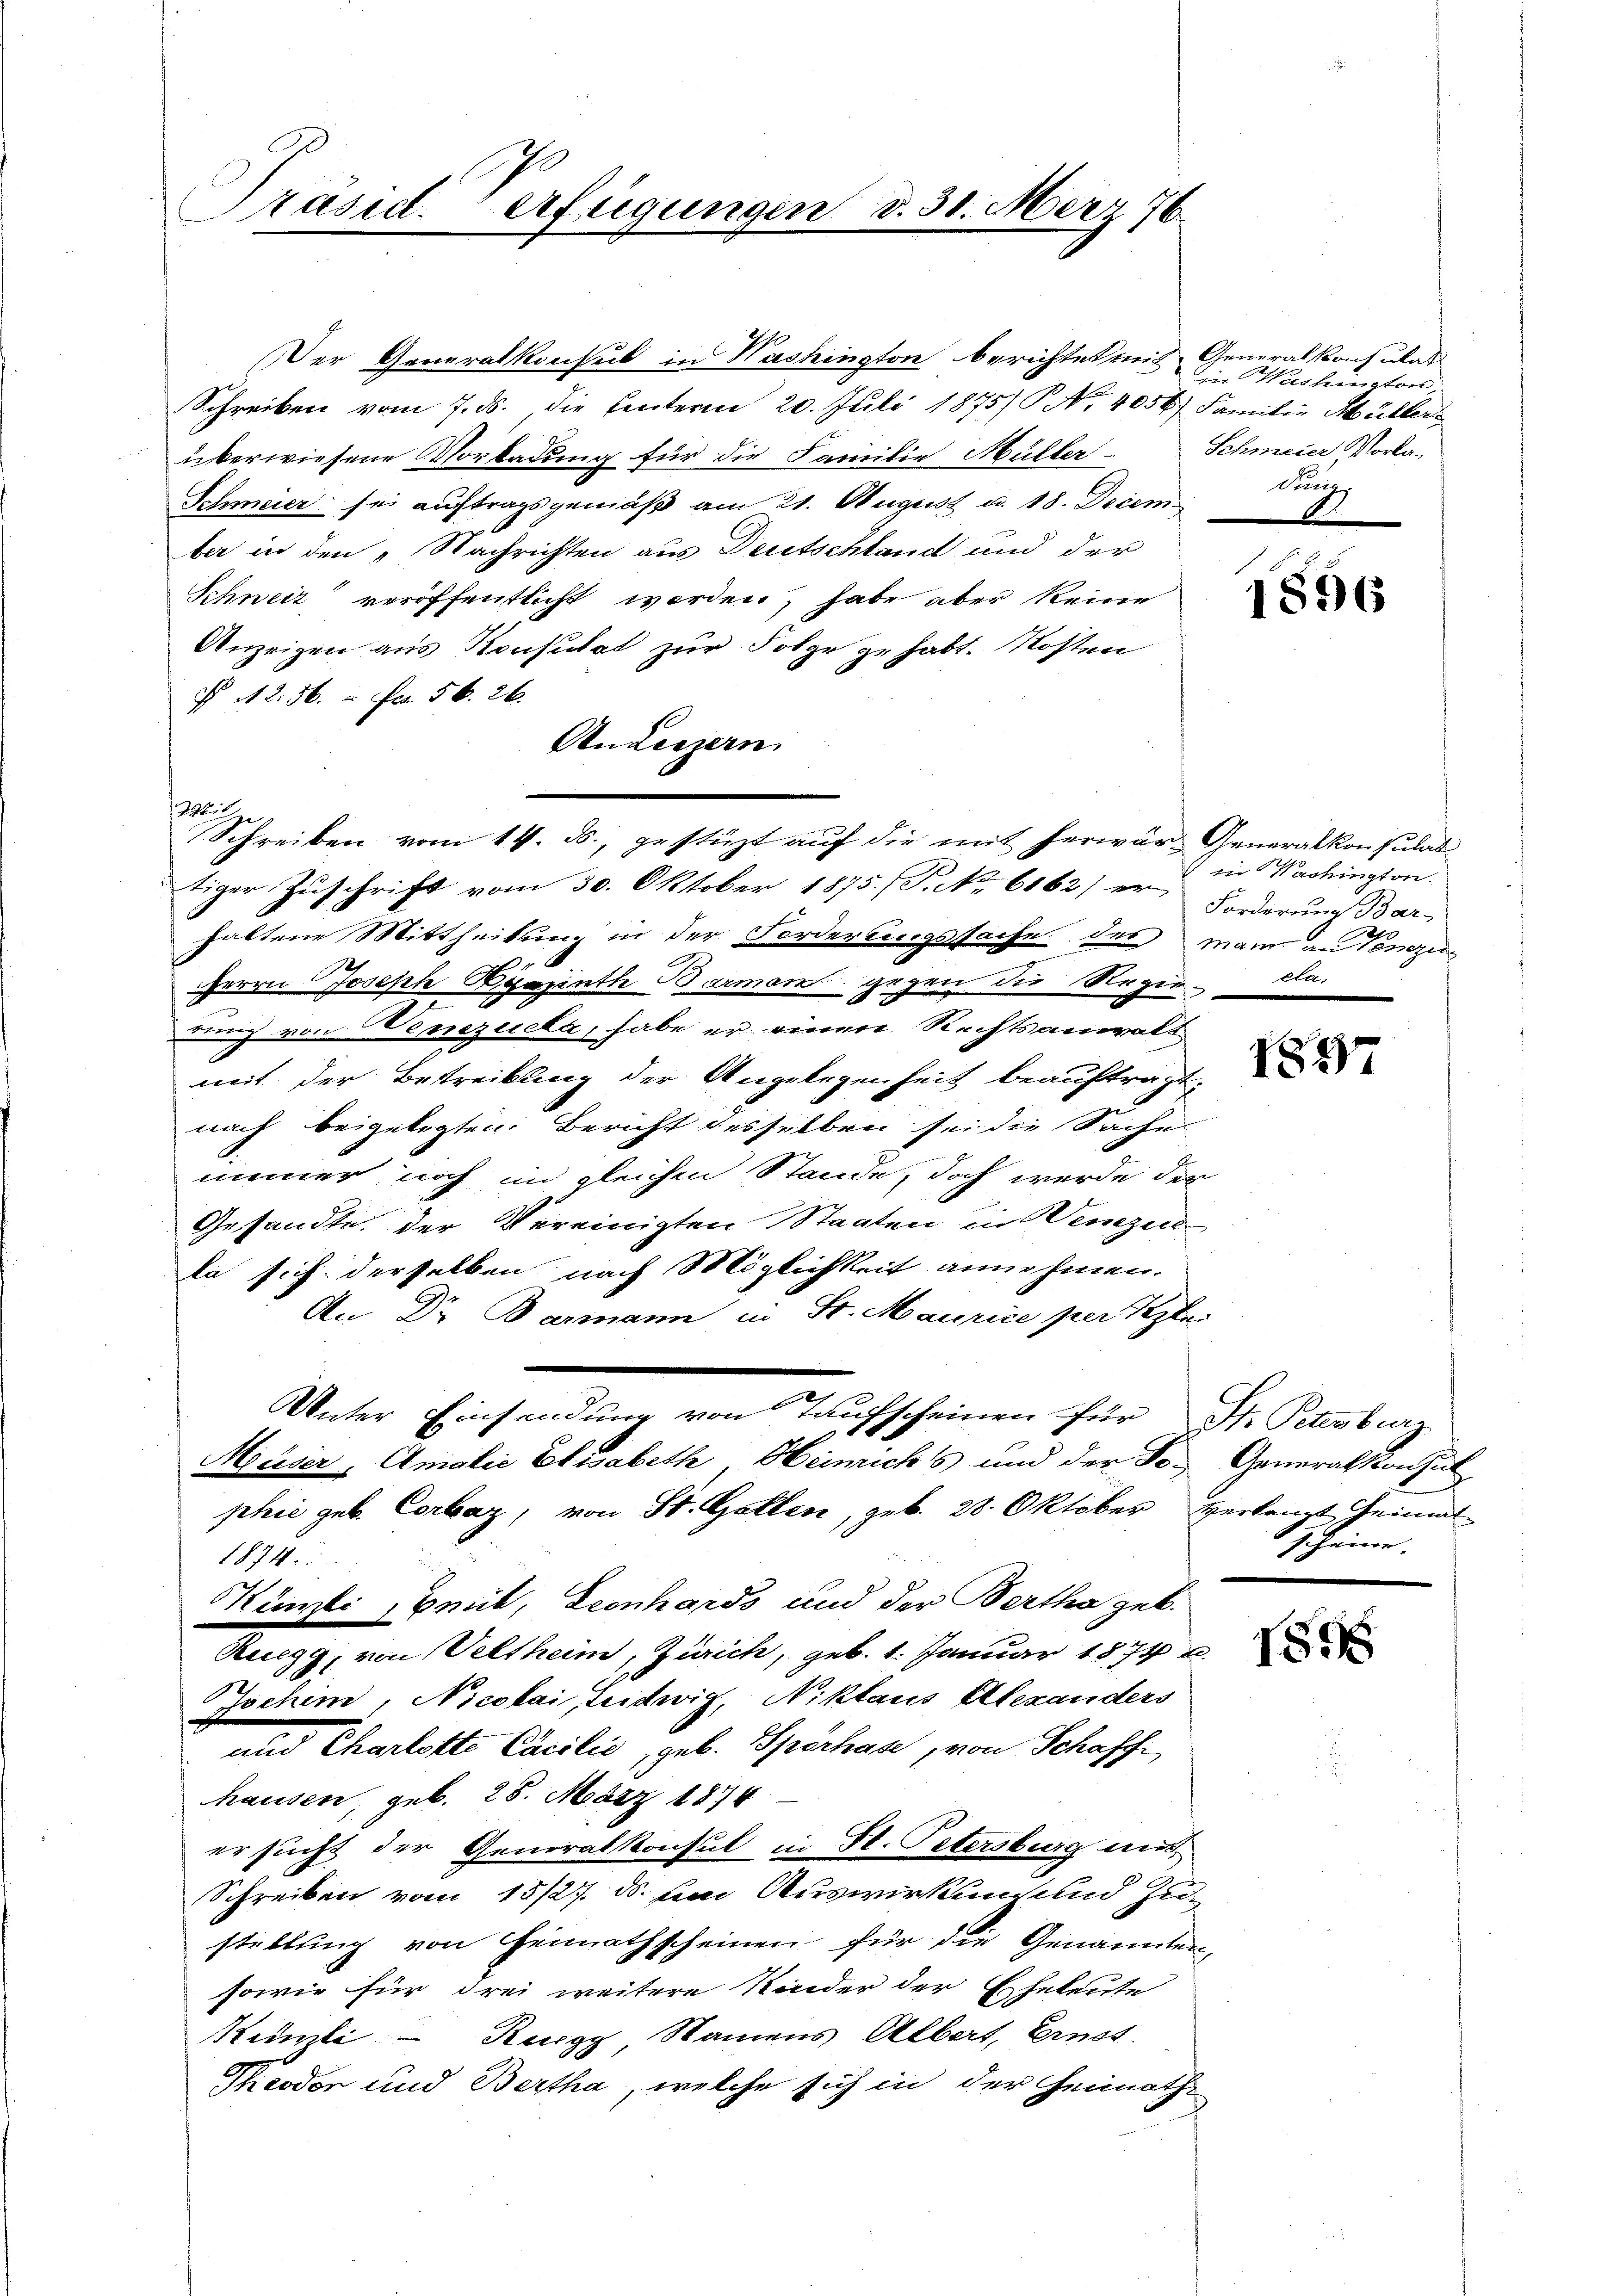
Präsid. erfügungen d. 31. März 76.

Witze

Der Generalkonsul in Washington berichtet mit Generalkonsulat
Schreiben vom 7. ds., die Einterm 20. Juli 1875) No 4056) Familie Müller
überwiesene Vorladung für die Familie Müller
Schmeier sei auftragsgemäß am 21. August u. 18. Decem
ber in den „Nachrichten aus Deutschland und der
Schweiz veröffentlicht werden, habe aber keine
Anzeigen aus Konsulat zur Folge zu habt. Kosten
§ 42. 56.  Fr. 56. 26.
AnLeszern
Schreiben vom 14. ds., gestüzt auf die mit herwär- Generalkonsulat
tiger Zuschrift vom 30. Oktober 1875. P. Nr. 6162) er Forderung Bar-
haltene Mittheilung in der Forderungssache des man an Venezi
Herrn Joseph Bierinth Barmen gegen die Regie- cla
dung von Nemezuela, habe er einer Rechtsanwalt
mit der Bestreikung der Angelegenheit beauftragt.
nach beigelegten Bericht desselben sei die Sache
winen
immer noch im gleichen Stande, doch werde der
Gesandte der Vereinigten Staaten in Verzen
da sich derselben nach Möglichkeit annehmen.
An Dr Barmann in Sr. Maurice per Peter
Unter Einsendung von Taufscheinen für St. Petenburg
Maser, Amalić Elisabeth Heinrichts und der Fr. Generalkonsul
phić geb. Corbaz, von St. Gallen, geb. 28. Oktober verlangt Heimat
1874.
Künzli, Zeit, Leonhards und der Bertha geb.
Ruegg, von Veltheim, Zürich, geb. 1. Januar 1874
Jochim, Nicolai, Leidwig, Niklaus Alexanders
und Charlotte Cacilio, geb. Sperhase, von Schaff
hausen, geb. 28. März 1874
ersucht der Generalkonsul in St. Petersburg mit
Schreiben vom 15/27. ds. um Auswirkung und Zustellung von Heimathscheiner für die Genannten,
sowie für drei weitere Kinder der Eheleute
Künzli - Ruegg, Namens Albert, Ernst
Theodor und Bertha, welche sich in der Heimath-

in Washington,
Schmeier Vorka
dur

1896

in Wachington.

1857

2) Heine

155